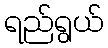
ရည်ရွယ်